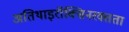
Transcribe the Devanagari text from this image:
अतिथाइरॉक्सिनरक्तता